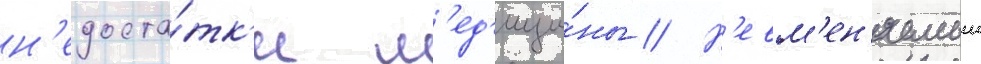
н'едоста́тк'и м'ед'ици́ны // Н'евм'ен'яемыи